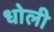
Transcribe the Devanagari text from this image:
धोली